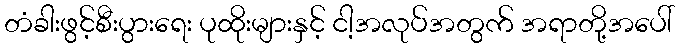
တံခါးဖွင့်စီးပွားရေး ပုထိုးများနှင့် ငါ့အလုပ်အတွက် အရာတို့အပေါ်